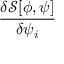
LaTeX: \frac { \delta { \mathcal { S } } [ \phi , \psi ] } { \delta \psi _ { i } }